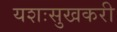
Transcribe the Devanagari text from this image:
यशःसुखकरी